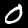
Label: 0